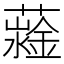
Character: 𧁆